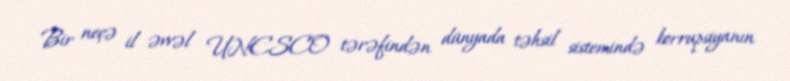
Bir neçə il əvvəl UNESCO tərəfindən dünyada təhsil sistemində korrupsiyanın